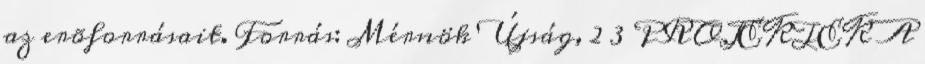
az erõforrásait. Forrás: Mérnök Újság, 2 3 PROJEKTEK A